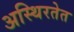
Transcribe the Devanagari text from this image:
अस्थिरतेत